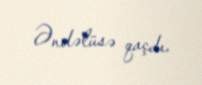
Əndəlüsə qaçdı.